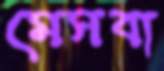
মেসবা